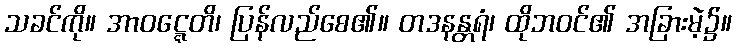
သခင်ကို။ အာဝဋ္ဋေတိ၊ ပြန်လည်စေ၏။ တဒနန္တရံ၊ ထိုဘဝင်၏ အခြားမဲ့၌။